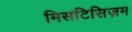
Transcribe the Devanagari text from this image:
मिसटिसिज़म